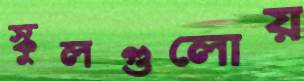
স্কুলগুলোয়